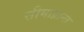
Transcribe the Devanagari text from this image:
सीमाप्रान्त